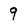
Character: 9